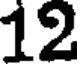
12